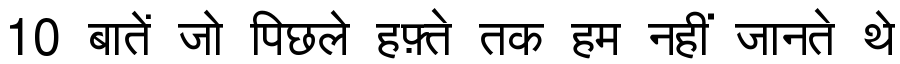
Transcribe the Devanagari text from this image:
10 बातें जो पिछले हफ़्ते तक हम नहीं जानते थे